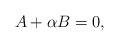
LaTeX: \begin{align*}A+\alpha B=0,\end{align*}